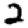
Digit: 2